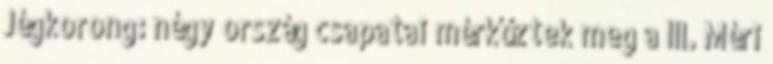
Jégkorong: négy ország csapatai mérkőztek meg a III. Méri